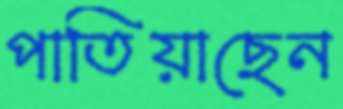
পাতিয়াছেন